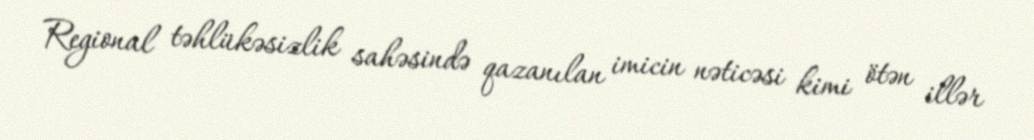
Regional təhlükəsizlik sahəsində qazanılan imicin nəticəsi kimi ötən illər